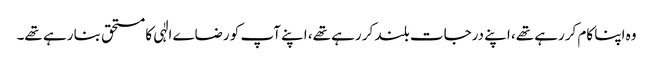
وہ اپنا کام کررہے تھے، اپنے درجات بلند کر رہے تھے، اپنے آپ کو رضاے الٰہی کا مستحق بنا رہے تھے۔